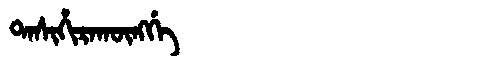
Manchu: ᡨᠠᠰᡳᡥᡳᡵᠠᡴᡡᠩᡤᡝ
Romanization: TASIHIRAKŪNGGE